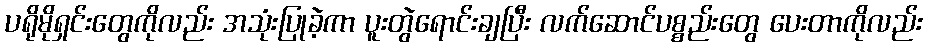
ပရိုမိုရှင်းတွေကိုလည်း အသုံးပြုခဲ့ကာ ပူးတွဲရောင်းချပြီး လက်ဆောင်ပစ္စည်းတွေ ပေးတာကိုလည်း